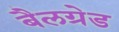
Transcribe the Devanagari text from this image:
बैलग्रेड